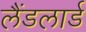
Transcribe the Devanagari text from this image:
लैंडलार्ड